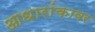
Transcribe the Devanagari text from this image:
आधारांकावर